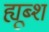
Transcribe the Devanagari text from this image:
ह्यूब्श